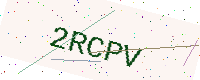
Text: 2RCPV